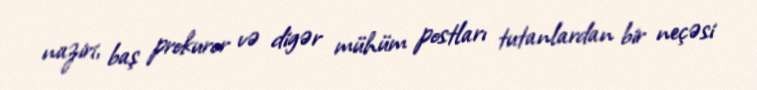
naziri, baş prokuror və digər mühüm postları tutanlardan bir neçəsi